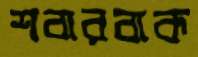
শবারবাক